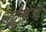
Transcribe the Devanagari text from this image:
सद्गुरूचे